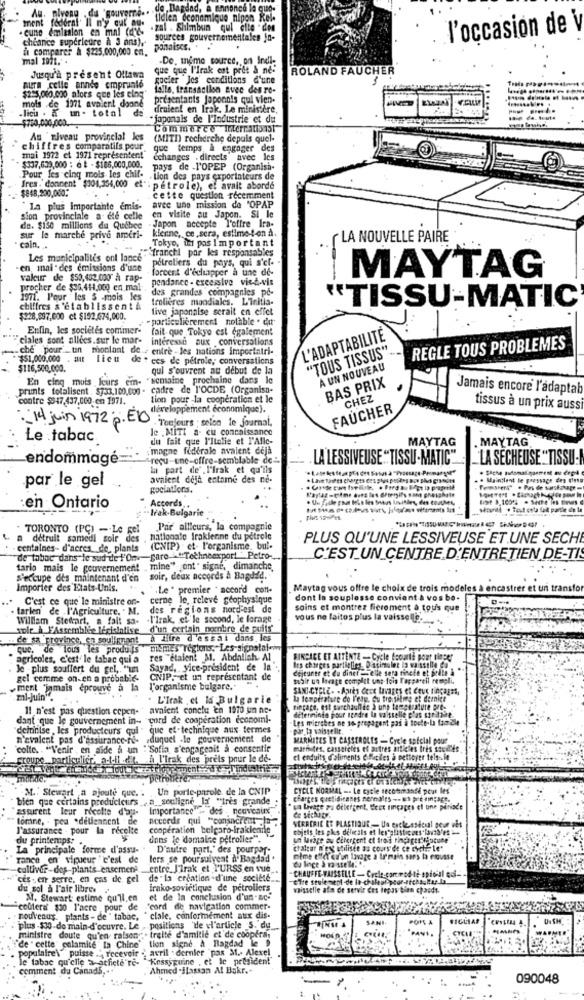
Au. niveau . du gouverrà .. . de Bagdad, a annonce la quo.
ment federal' Il n'y cut au.
tielen economique nipon Kel-
cune emission en mal (d'e "
. . zal . Shimbun qui elle " den
l'occasion de
cheance supérieure à 3 ans),
sources gouvernementales jn-
comparer à $225.000,000 em.
ponaises. .
mal 1971 ..
-De. meme source, on Inell.
que que l'Irak est prêt & ne-
ROLAND FAUCHER
Jusqu'à présent Ollama
gocier Jes conditions d'une
MUITA celle année emprunte
folle, transaction avec des ro-
$225.000.000 alors que les eleg'
mols .de 1971 avaient doane
presentants Japonnis qui vien.
licu . K un- total de
draient en Irak. Le ministère,
$750,000,000. .
·japonais de l'Industrie et du
Commerce Interratoist
Au niveau provincial les
(MITI) recherche depuis quel-
chiffres comparatifs. pour
que temps & engager des
mai 1972 et 1971 représentent"
echanges . directs" avec les
$137,639,000 : @ # - $186,000,000.
pays de .L'OPEP (Organisa-
Pour les cinq mois les chif- - tion des pays exportateurs de
fres. donnent $104,354,000 et" : pétrole), et avait aborde
$848,200,000 **
cette question récemment
"La plus importante emis-
avec une mission de 'OPAP
Sion provinciale a été celle
de. $150 millions du Québec - Japon accepte l'offre Ira-
en visite au Japon. SI le
sur le marche prive ameri-
kleine, ce,sera, estime-t-on A.
Tokyo, iat pos Important
LA NOUVELLE PAIRE
cain. ..
Les municipalités ont laned . franchi par les responsables
pétroliers du pays, qui s'cf.
en inai"des emissions d'une
forcent d'échapper à une de-
valeur de $50,402,000 à rap-
pendance - excessive vice-vis
-
MAYTAG
procher de $36,414,000 en mal"
des grandes compagnies pe-
1971. Pour les 5 mois les
Imolières mondiales. L'initis-
'TISSU-MATIC
chiffres s'établissent&
tive japonaise serait en effet
$228,037,000 ct $152,074,000.
. particulièrement notable . dut-
Enfin, les societes commer-
fait que Tokyo est également
ciales sont allees.sur le mar- interesse aux conversations
L'ADAPTABILITÉ
.che" pour un montant de .- entre - les nations importatri-
"TOUS TISSUS".
REGLE TOUS PROBLEMES
$51,000,000 . au lieu
de . ces de pétrole, conversations
$116,500,000.
qui s'ouvrent au debut de la
A UN NOUVEAU
En cing muis leurs em- "semaine prochaine dans le
BAS PRIX
prunts totalisent. $733,100,con - cadre de l'OCDE (Organisa-
Jamais encore l'adaptab
contre $547,437,000 en 1971.
tion pour -la coopération et le
CHEZ
développement économique).
FAUCHER
tissus à un prix aussi
: "14 juin 1972 p. El"
. Toujours : selon le journal,
le ,MITI a- cu connaissance
Le tabac
du fait que l'Italie et l'Alle-
MAYTAG
. MAYTAG
: magne fédérale avaient déjà
endommagé=
"reçu-une-offre-semblable de "-
LA LESSIVEUSE "TISSU-MATIC""
LA SECHEUSE ""TISSU:
la part de .l'Irak et qu'ils
. Sache automatiquement mu cepil
par le gel
avaient deja entame des ne-
. Maintient le pressage des diese
gociations.
Accords
en Ontario
Irak-Bulgarie
TORONTO (PC) - Le gel
Par ailleurs, la compagnie
a détruit samedi soir des , nationale Irakienne du pétrole
PLUS QU'UNE LESSIVEUSE ET UNE SECHE
centaines- d'aeres_de_ plants (CNIP) et- l'organisme, bul-
de tabac dans le sud de l'One fare "Techneexport " Petro-
C'EST UN CENTRE D'ENTRETIEN DE-TIS
tario mais le gouvernement , mine" ont" signe, dimanche
S'occupe des maintenant d'en soir, deux accords à Bagdad.
Importer des Etats-Unis.
Le " premier . accor'd con-
Maytag vous offre le choix de trois modeles a en
strer et un transfor
C'est ce que le ministre on- cerne le, releve geophysique
dont la souplesse convient & vos be-
tarlen de l'Agriculture. . M. des régions nord-est de
soins et montrez fierement à tous que
William Stewart, a fall sa-
.l'irak, et le second, le forage
vous ne laitos plus la vaisselle ..
sole h FAssemblee lecisialise d'un certain nombre de pulls"
de sa 'province, en soulignant
à Lire d'essai dans. les
que, de tous les produis niemes regions, Les signalai-
agricoles, c'est le tabac qui a
res "étaient M. Abdallah Al.
FINCACE ET ATTENTE - Cycle Scoute pour dinper
Je plus souffert du gel ,. "un
Sayad, Vice-président de la'
Irs charges partielies_ D stimuler la vaisselle Co
dejeuner et du dinet -elle sera rinete et podle & **
gel comme on.en a probable-
CNIP, et un representant de
subir un lavage complet uns-foin l'appareil rempli.
ment "jamais éprouve a la
l'organisme bulgare."
SANI-CYCLE- - Après Cect lavages et Ceux tingagas,
mi-juin".
. L'Irak , et la Bulgarie
La température de l'eau. Gu tre sitoe et dernier
11 n'est pas question cepen-
avaient conclu en 1970 um ne-
detenninte pour apadre la vaisselle t'as siealle.
Fincace, est sanchoull de à ung temperature pee-
dant que le gouvernement in- "cord de cooperation economl-
Les microbes ne so prepagont pas à toute-la fam.2le
deinnilse , les producteurs qui - que ef-technique aux termes
par la vaisselle.
n'avaient pas d'assurance-re- duquel .le gouvernenient dle
MARMITES ET CASSEROLES - Cycle apfelal pour
"colle. . "Venir en aide a un ""Sofia s'engageait à consentir
marmites, cassereles ef autres atticies Ires soudl'es
groupe. particulier, a-t-il -dit.
À l'Irak des preis pour le de-
et enduits d'aliments difficiles à nettoyer tels .in
M. Stewart a ajoute que. . Un porte-parole. de la CNIP
CYCLE NORMAL -. Le cycle secommande pour les
bien que certains producteurs __ a_souligne la wires grande
charges quetiditanes nereales -- us pre ein;act.
"assurent leur récolte d'au- Importance - des . nouveaurx
un Livage Pa detergent. C'est rinçages el une plinvace
forne, - pea .detiennent de
acccede qui "consacrent .a .
l'assurance - pour la recelte
cooperation belcaro-irakienne
VERRERIE ET PLASTISUR - Un extleastcual geur wis
objets les phis delicals et les"guisticaes lavid'es =
du printemps:
dans le domaine petrolier".
un lurige au Cilereent et trois ringages lacune
La principale forme d'assu-
D'autre part,' des pourpar-
chaleur n'ex atiliste as cours de ce cych. Let
Tance en vigueur " c'est de lers se poursuivent À' Bagdad .
mime effet er'un lavage a Irmais sans la mousse
cultivar-des-plants enscmen' _entre.J'irak et T'URSS en vue
-CHAUFFE-FAISSELLE - Cycle-co
ed-
ces . en serre, en cas de gel de la creation d'une societe ....
fenen-de lo-chi
du sol à l'air libres
Irako-soviétique de pétroliers
vaisselle afin de servir Ces iepas bien chauds
M. Stewart estime qu'il.en
et de la conclusion d'un-Bc-
coûtera $oo l'acre pour de "cord de navigation commer-
rouleaus. plants - de " tabac, " clale, conformément aux dis-
SANI.
POHL &
FIGULAS
plus -$30-de main-d'oeuvre. Le , positions 'de vl'article -5. du
ministre doute qu'en raison. traite d'amitié et de cooperar
tion signe A Bagdad le
"de " cette calamite la Chine'
populaire\" puisse ." recevoir - avril dernier "pas M .- Alexel
le tabac qu'elle a athiete re- "Kessyguine , et le president"
comment du Canad5. ..
Ahmed .Hassan Al Bakr .-
090048